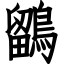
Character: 鶹